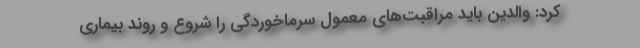
کرد: والدین باید مراقبت‌های معمول سرماخوردگی را شروع و روند بیماری